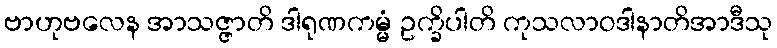
ဗာဟုဗလေန အာသဇ္ဇာတိ ဒါရုဏကမ္မံ ဥက္ခိပါတိ ကုသလာဝဒါနာတိအာဒီသု